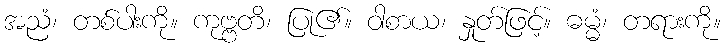
အညံ၊ တစ်ပါးကို။ ကုဗ္ဗတိ၊ ပြု၏။ ဝါစာယ၊ နှုတ်ဖြင့်။ ဓမ္မံ၊ တရားကို။